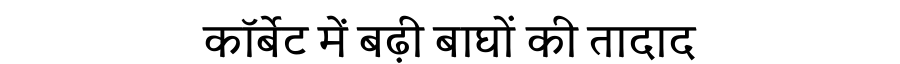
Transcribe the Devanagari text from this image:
कॉर्बेट में बढ़ी बाघों की तादाद